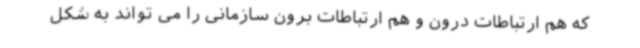
که هم ارتباطات درون و هم ارتباطات برون سازمانی را می تواند به شکل